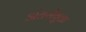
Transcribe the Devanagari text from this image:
अंतर्संयुक्त